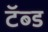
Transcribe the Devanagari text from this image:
टॅब्ड